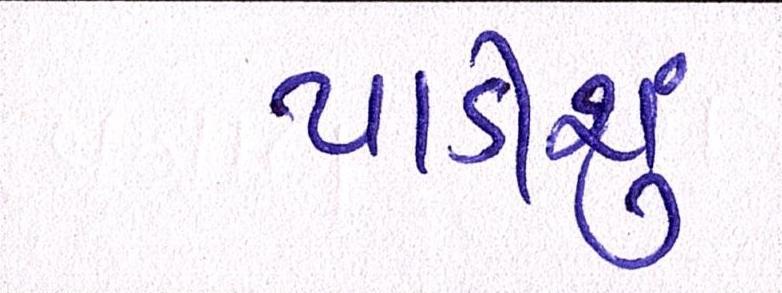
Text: પાડીશું